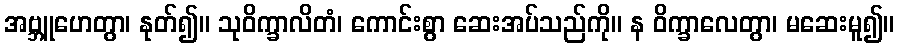
အဗ္ဘူဟေတွာ၊ နုတ်၍။ သုဝိက္ခာလိတံ၊ ကောင်းစွာ ဆေးအပ်သည်ကို။ န ဝိက္ခာလေတွာ၊ မဆေးမူ၍။